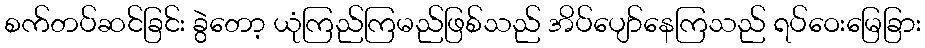
စက်တပ်ဆင်ခြင်း ခွဲတော့ ယုံကြည်ကြမည်ဖြစ်သည် အိပ်ပျော်နေကြသည် ရပ်ဝေးမြေခြား